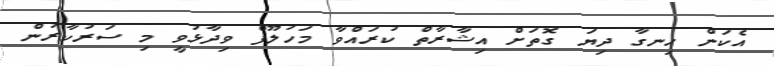
އެކަން ހިނގާ ދިޔަ ގޮތަށް އިޝާރާތް ކުރައްވާ މަހުލޫފް ވިދާޅުވީ މި ސަރުކާރުން